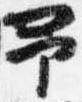
予